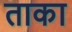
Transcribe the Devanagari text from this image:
ताका